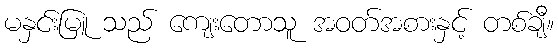
မနှင်းမြူ သည် ကျေးတောသူ အဝတ်အစားနှင့် တစ်ချီ။